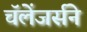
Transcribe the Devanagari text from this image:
चॅलेंजर्सने